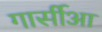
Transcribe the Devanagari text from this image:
गार्सीआ